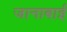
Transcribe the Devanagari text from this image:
जानाबाई